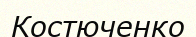
Костюченко